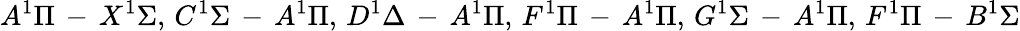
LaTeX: A^{1}\Pi\, -\, X^{1}\Sigma,\, C^{1}\Sigma\, -\, A^{1}\Pi,\, D^{1}\Delta\, -\, A^{1}\Pi,\, F^{1}\Pi\, -\, A^{1}\Pi,\, G^{1}\Sigma\, -\, A^{1}\Pi,\, F^{1}\Pi\, -\, B^{1}\Sigma